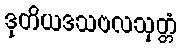
ဒုတိယဒသဗလသုတ္တံ